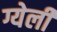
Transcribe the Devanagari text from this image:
ग्येली